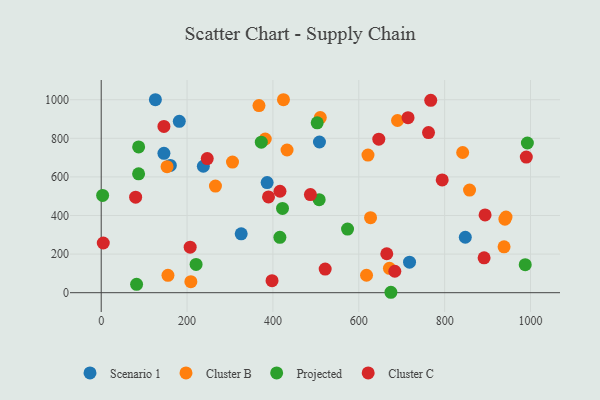
{"axis": {"x": "Engine Size", "y": "Rating"}, "legend": ["Cluster B", "Cluster C", "Projected", "Scenario 1"], "data": [{"x": "386.5", "y": 570.7, "type": "Scenario 1"}, {"x": "126.2", "y": 999.9, "type": "Scenario 1"}, {"x": "237.9", "y": 655.1, "type": "Scenario 1"}, {"x": "161.0", "y": 659.7, "type": "Scenario 1"}, {"x": "848.1", "y": 287.3, "type": "Scenario 1"}, {"x": "326.1", "y": 305.3, "type": "Scenario 1"}, {"x": "718.2", "y": 158.1, "type": "Scenario 1"}, {"x": "146.1", "y": 722.3, "type": "Scenario 1"}, {"x": "508.4", "y": 780.9, "type": "Scenario 1"}, {"x": "181.9", "y": 887.8, "type": "Scenario 1"}, {"x": "627.4", "y": 388.8, "type": "Cluster B"}, {"x": "690.2", "y": 892.3, "type": "Cluster B"}, {"x": "618.0", "y": 90.3, "type": "Cluster B"}, {"x": "153.4", "y": 653.2, "type": "Cluster B"}, {"x": "432.9", "y": 739.3, "type": "Cluster B"}, {"x": "305.8", "y": 676.9, "type": "Cluster B"}, {"x": "155.5", "y": 90.2, "type": "Cluster B"}, {"x": "208.8", "y": 57.3, "type": "Cluster B"}, {"x": "510.3", "y": 907.6, "type": "Cluster B"}, {"x": "266.1", "y": 552.7, "type": "Cluster B"}, {"x": "942.9", "y": 391.7, "type": "Cluster B"}, {"x": "621.4", "y": 712.9, "type": "Cluster B"}, {"x": "940.4", "y": 381.2, "type": "Cluster B"}, {"x": "858.0", "y": 531.6, "type": "Cluster B"}, {"x": "424.5", "y": 999.9, "type": "Cluster B"}, {"x": "671.4", "y": 126.2, "type": "Cluster B"}, {"x": "938.4", "y": 237.5, "type": "Cluster B"}, {"x": "842.0", "y": 726.4, "type": "Cluster B"}, {"x": "382.1", "y": 796.3, "type": "Cluster B"}, {"x": "367.5", "y": 969.5, "type": "Cluster B"}, {"x": "416.2", "y": 286.9, "type": "Projected"}, {"x": "992.7", "y": 775.7, "type": "Projected"}, {"x": "422.3", "y": 436.9, "type": "Projected"}, {"x": "987.7", "y": 145.3, "type": "Projected"}, {"x": "87.1", "y": 616.2, "type": "Projected"}, {"x": "372.9", "y": 780.1, "type": "Projected"}, {"x": "82.4", "y": 43.6, "type": "Projected"}, {"x": "507.7", "y": 481.9, "type": "Projected"}, {"x": "3.3", "y": 504.0, "type": "Projected"}, {"x": "503.1", "y": 880.0, "type": "Projected"}, {"x": "87.2", "y": 755.5, "type": "Projected"}, {"x": "674.8", "y": 2.2, "type": "Projected"}, {"x": "221.0", "y": 146.4, "type": "Projected"}, {"x": "573.8", "y": 329.7, "type": "Projected"}, {"x": "146.1", "y": 861.5, "type": "Cluster C"}, {"x": "207.2", "y": 236.1, "type": "Cluster C"}, {"x": "990.2", "y": 702.9, "type": "Cluster C"}, {"x": "487.3", "y": 508.6, "type": "Cluster C"}, {"x": "891.9", "y": 180.9, "type": "Cluster C"}, {"x": "665.2", "y": 201.8, "type": "Cluster C"}, {"x": "247.0", "y": 694.9, "type": "Cluster C"}, {"x": "80.2", "y": 495.0, "type": "Cluster C"}, {"x": "683.9", "y": 111.2, "type": "Cluster C"}, {"x": "521.7", "y": 122.6, "type": "Cluster C"}, {"x": "762.4", "y": 829.7, "type": "Cluster C"}, {"x": "4.8", "y": 257.4, "type": "Cluster C"}, {"x": "767.6", "y": 996.6, "type": "Cluster C"}, {"x": "894.2", "y": 402.8, "type": "Cluster C"}, {"x": "794.3", "y": 584.4, "type": "Cluster C"}, {"x": "389.7", "y": 496.1, "type": "Cluster C"}, {"x": "397.9", "y": 62.4, "type": "Cluster C"}, {"x": "714.7", "y": 907.1, "type": "Cluster C"}, {"x": "416.4", "y": 525.7, "type": "Cluster C"}, {"x": "646.6", "y": 795.3, "type": "Cluster C"}]}